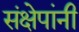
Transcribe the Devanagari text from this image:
संक्षेपांनी